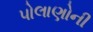
પોલાણોની